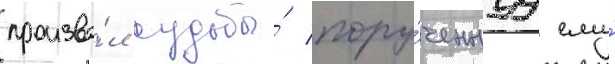
произво́л судьбы́ пору́ченнуу ему́